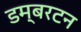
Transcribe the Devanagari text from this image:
डम्बरटन